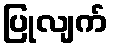
ပြုလျက်